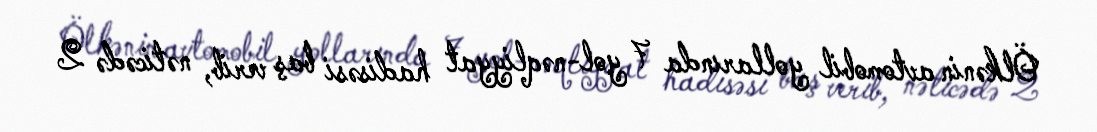
Ölkənin avtomobil yollarında 7 yol-nəqliyyat hadisəsi baş verib, nəticədə 2